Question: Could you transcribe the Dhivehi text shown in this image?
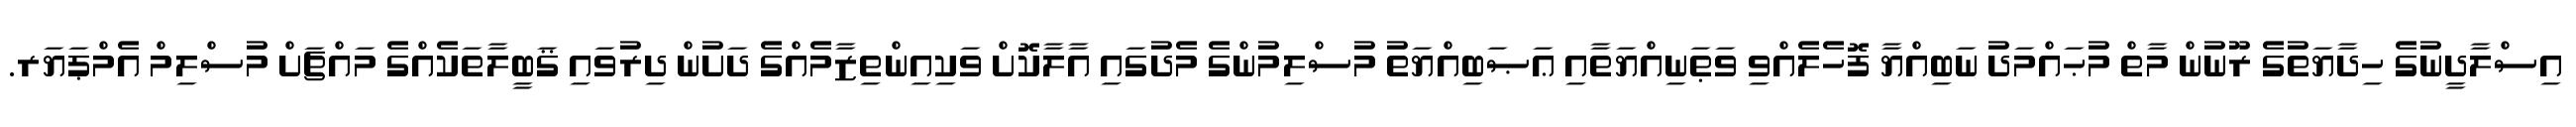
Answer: އިސްލާދީނުގެ ހިދާޔަތުގެ ރޫނުން މާތް މުޙައްމަދު ނަބިއްޔާ ފޮހެލެއްވި ވަޠަނިއްޔަތާއި ޢަޞަބިއްޔަތު މުސްލިމުންގެ މެދުގައި އާލާކޮށް ވަކިއިންތިޒާމެއްގެ ދަށުން ދިރުވައި ޤަބީލާތަކެއްގެ މައްޗަށް މުސްލިމް އެމްޕަޔަރ.